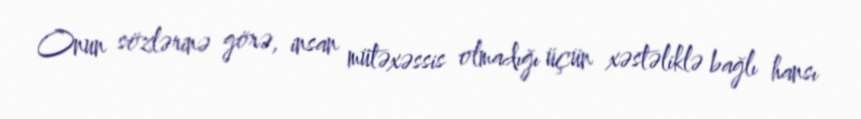
Onun sözlərinə görə, insan mütəxəssis olmadığı üçün xəstəliklə bağlı hansı